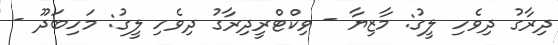
ދިރާގު ދިވެހި ލީގު: މާޒިޔާ - ވިކްޓްރީދިރާގު ދިވެހި ލީގު: މަހިބަދޫ -